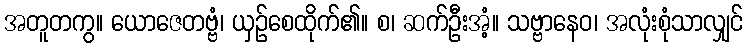
အတူတကွ။ ယောဇေတဗ္ဗံ၊ ယှဉ်စေထိုက်၏။ စ၊ ဆက်ဦးအံ့။ သဗ္ဗာနေဝ၊ အလုံးစုံသာလျှင်